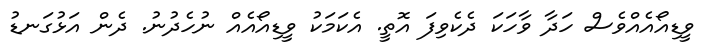
ވީޑިއޯއެއްވެސް ހަދާ ވާހަކަ ދެކެވިފަ އޮތީ. އެކަމަކު ވީޑިއޯއެއް ނުހެދުނު. ދެން އަޅުގަނޑު